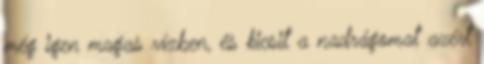
még igen magas vízben, és kicsit a nadrágomat azért